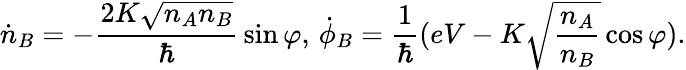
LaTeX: {\dot{n}}_{B}=-{\frac{2K{\sqrt{n_{A}n_{B}}}}{\hbar}}\sin\varphi,\, {\dot{\phi}}_{B}={\frac{1}{\hbar}}(eV-K{\sqrt{\frac{n_{A}}{n_{B}}}}\cos\varphi).